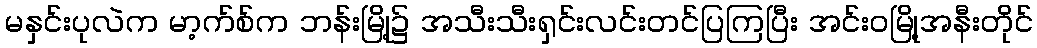
မနှင်းပုလဲက မာ့က်စ်က ဘန်းမြို့၌ အသီးသီးရှင်းလင်းတင်ပြကြပြီး အင်းဝမြို့အနီးတိုင်